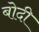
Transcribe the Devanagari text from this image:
बोदी